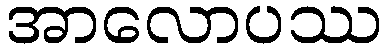
အာလောပဿ